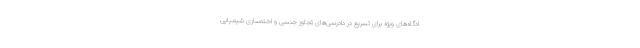
ادگاه‌های ویژه برای تسریع در دادرسی‌های تجاوز جنسی و اخته‌سازی شیمیایی